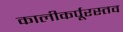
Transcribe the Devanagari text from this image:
कालीकर्पूरस्तव